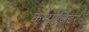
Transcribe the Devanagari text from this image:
कम्पोज़िटर